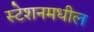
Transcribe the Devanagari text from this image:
स्टेशनमधील